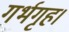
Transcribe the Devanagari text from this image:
गर्भगृह।